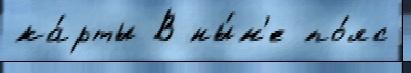
ка́рты В ны́н'е по́яс